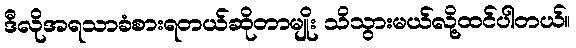
ဒီလိုအရသာခံစားရတယ်ဆိုတာမျိုး သိသွားမယ်လို့ထင်ပါတယ်။